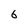
Character: 6